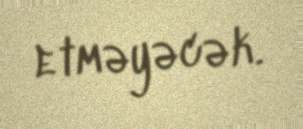
etməyəcək.